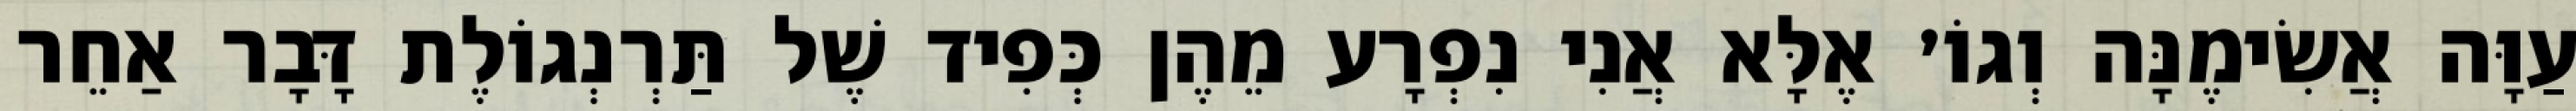
עַוָּה אֲשִׂימֶנָּה וְגוֹ׳ אֶלָּא אֲנִי נִפְרָע מֵהֶן כְּפִיד שֶׁל תַּרְנְגוֹלֶת דָּבָר אַחֵר